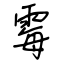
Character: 霉